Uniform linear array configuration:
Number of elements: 8
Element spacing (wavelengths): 1
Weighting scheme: binomial
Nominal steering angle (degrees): -45
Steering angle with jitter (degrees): -45.607
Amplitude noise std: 0.05
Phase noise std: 0.05

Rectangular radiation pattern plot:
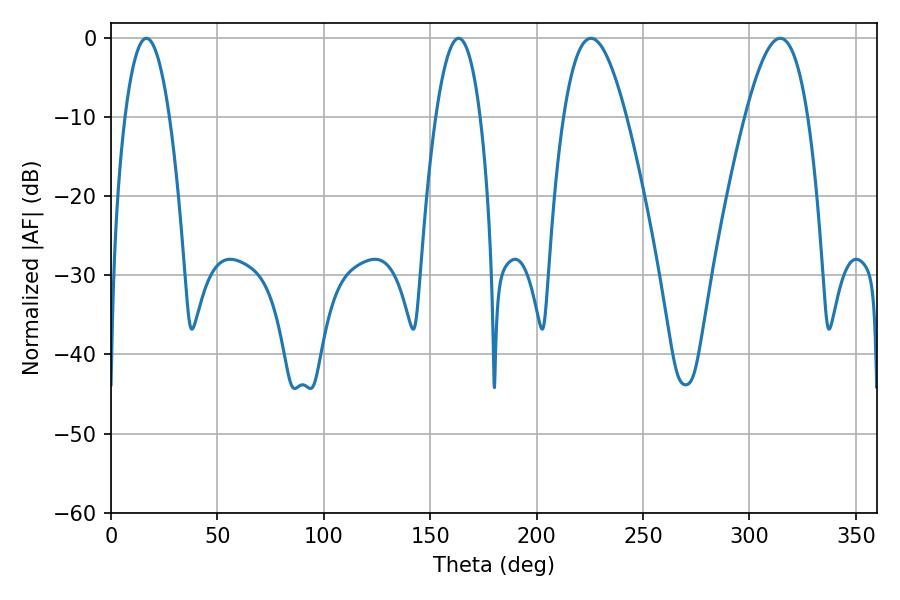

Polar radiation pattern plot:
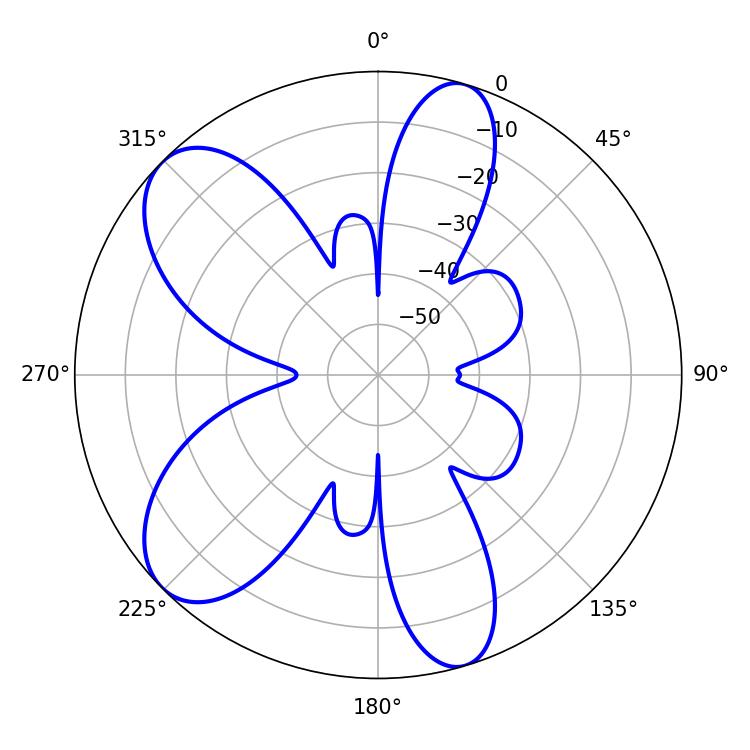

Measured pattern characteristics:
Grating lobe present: TRUE
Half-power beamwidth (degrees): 16.02
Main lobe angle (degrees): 225.54